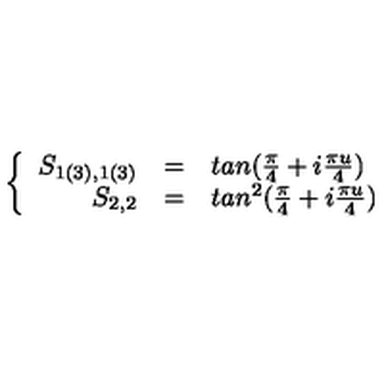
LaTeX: \left\{ \begin{array} { r c l } { S _ { 1 ( 3 ) , 1 ( 3 ) } } & { = } & { t a n ( \frac { \pi } { 4 } + i \frac { \pi u } { 4 } ) } \\ { S _ { 2 , 2 } } & { = } & { t a n ^ { 2 } ( \frac { \pi } { 4 } + i \frac { \pi u } { 4 } ) \nonumber } \\ \end{array} \right.